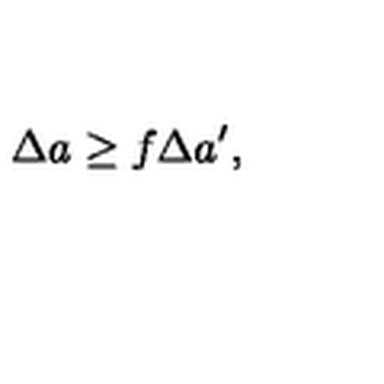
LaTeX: \Delta a \geq f \Delta a ^ { \prime } ,